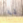
أنا